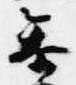
参